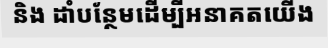
និង ដាំបន្ថែមដើម្បីអនាគតយើង